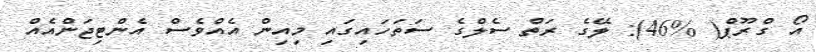
އޯ ގްރޫޕް( %46): ލޭގެ ރަތް ސެލްގެ ސަތަހައިގައި މިއިން އެއްވެސް އެންޓިޖަންއެއް